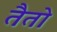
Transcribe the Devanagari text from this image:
तैतो